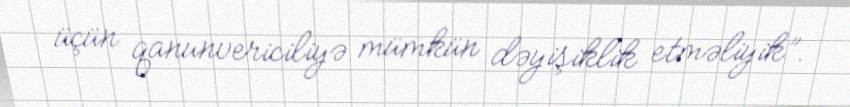
üçün qanunvericiliyə mümkün dəyişiklik etməliyik”.